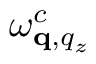
\omega _ { \mathbf q , q _ { z } } ^ { c }